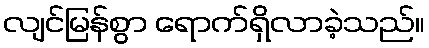
လျင်မြန်စွာ ရောက်ရှိလာခဲ့သည်။